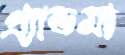
গ্র্যান্ডমা